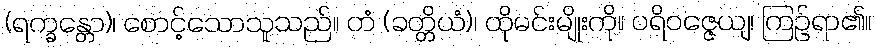
(ရက္ခန္တော)၊ စောင့်သောသူသည်။ တံ (ခတ္တိယံ)၊ ထိုမင်းမျိုးကို။ ပရိဝဇ္ဇေယျ၊ ကြဉ်ရာ၏။